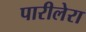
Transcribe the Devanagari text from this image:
पारीलेरा